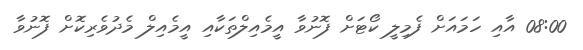
08:00 އާއި ހަމައަށް ފެމިލީ ކޯޓަށް ފޮނުވާ އީމެއިލްތަކާއި އީމެއިލް މެދުވެރިކޮށް ފޮނުވާ